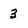
Character: 3